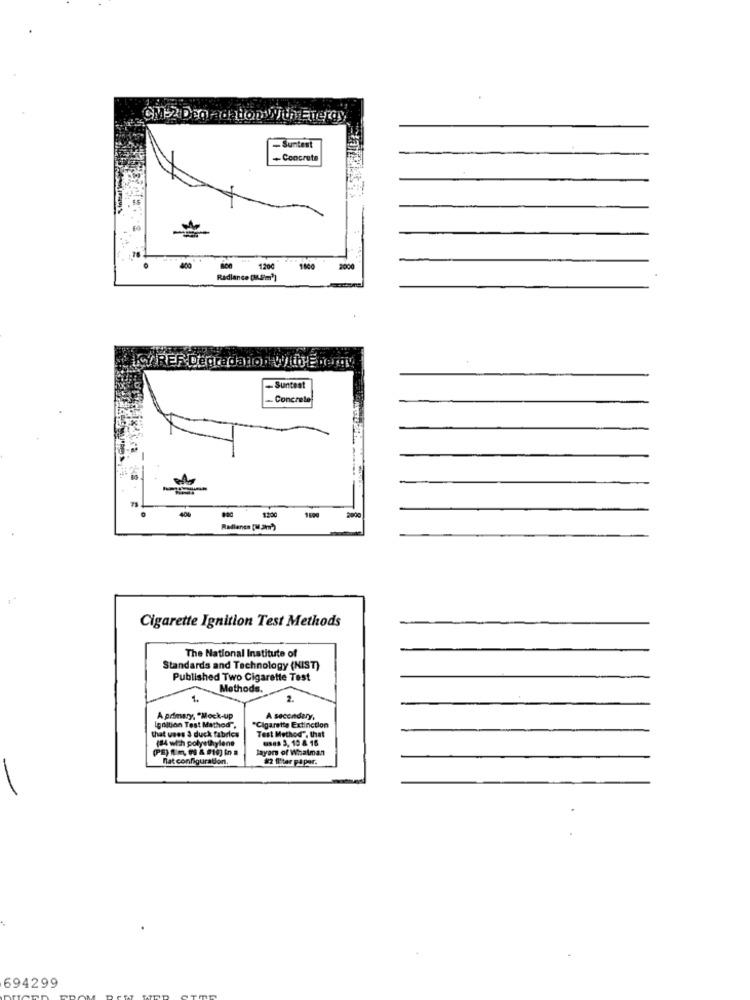
CM-2 Degradation With Energy,
-Suntest
-Concrete
400
1200
1800
2000
Radiance (?)
WWVARER Degradation With Energy
- Suntest
- Concrete
Cigarette Ignition Test Methods
The National Institute of
Standards and Technology (NIST)
Published Two Cigarette Test
Methods.
2.
A primary, "Mock-up
A secondary,
that uses 3 duck fabrics
Ignition Test Method".
*Cigarette Extinction
Test Method", that
(14 with polyethylene
uses 3, 10 & 16
layers of Whatman
Rat configuration.
#2 1liter påpor.
694299